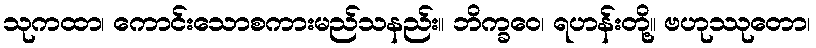
သုကထာ၊ ကောင်းသောစကားမည်သနည်း။ ဘိက္ခဝေ၊ ရဟန်းတို့။ ဗဟုဿုတော၊